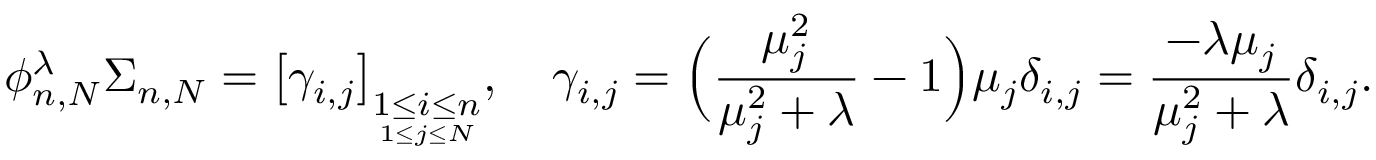
\phi _ { n , N } ^ { \lambda } \Sigma _ { n , N } = \big [ \gamma _ { i , j } \big ] _ { \underset { 1 \leq j \leq N } { 1 \leq i \leq n } } , \quad \gamma _ { i , j } = \Big ( \frac { { \mu } _ { j } ^ { 2 } } { { \mu } _ { j } ^ { 2 } + \lambda } - 1 \Big ) \mu _ { j } \delta _ { i , j } = \frac { - \lambda \mu _ { j } } { { \mu } _ { j } ^ { 2 } + \lambda } \delta _ { i , j } .